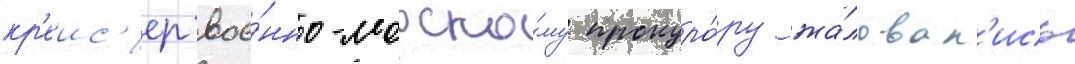
кр'еис'ер вое́нно-морско́му прокуро́ру жа́ловал'ись